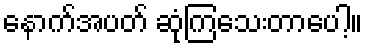
နောက်အပတ် ဆုံကြသေးတာပေါ့။